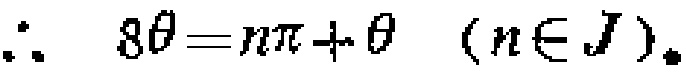
\(\therefore\ 8\theta = n\pi+\theta\ (n\in J).\)